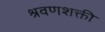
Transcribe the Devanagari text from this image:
श्रवणशक्ती